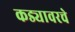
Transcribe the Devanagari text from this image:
कड्यावरचे